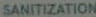
SANITIZATION